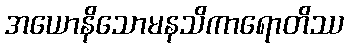
အယောနိသောမနသိကာရောတိဿ